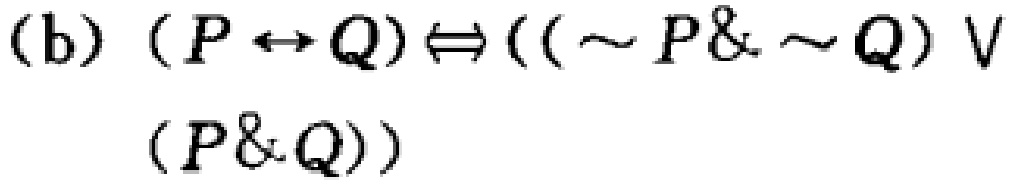
(b) $(P \leftrightarrow Q) \Leftrightarrow ((\sim P\& \sim Q) \vee (P\& Q))$